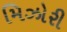
મિઝોરી